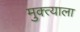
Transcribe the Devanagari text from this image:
मुक्त्याला